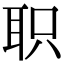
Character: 职